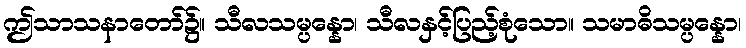
ဤသာသနာတော်၌။ သီလသမ္ပန္နော၊ သီလနှင့်ပြည့်စုံသော။ သမာဓိသမ္ပန္နော၊